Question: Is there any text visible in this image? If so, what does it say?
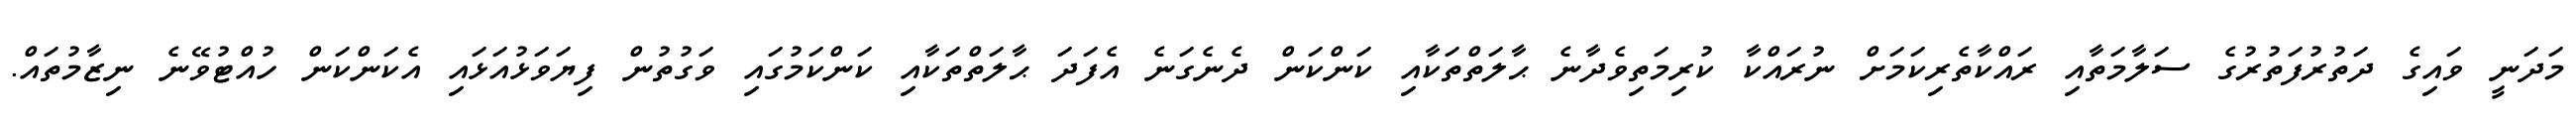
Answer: މަދަނީ ވައިގެ ދަތުރުފަތުރުގެ ސަލާމަތާއި ރައްކާތެރިކަމަށް ނުރައްކާ ކުރިމަތިވެދާނެ ޙާލަތްތަކާއި ކަންކަން ދެނެގަނެ އެފަދަ ޙާލަތްތަކާއި ކަންކަމުގައި ވަގުތުން ފިޔަވަޅުއަޅައި އެކަންކަން ހުއްޓުވޭނެ ނިޒާމުތައް.